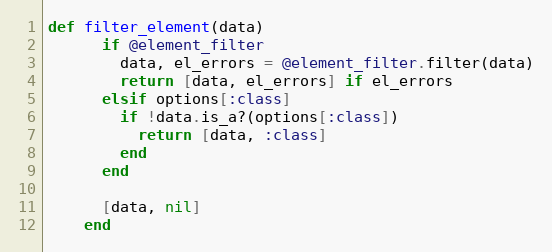
Language: Ruby
def filter_element(data)
      if @element_filter
        data, el_errors = @element_filter.filter(data)
        return [data, el_errors] if el_errors
      elsif options[:class]
        if !data.is_a?(options[:class])
          return [data, :class]
        end
      end

      [data, nil]
    end